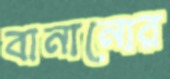
বানানোর